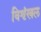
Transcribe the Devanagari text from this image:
विशृंखल